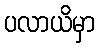
ပလာယိမှာ